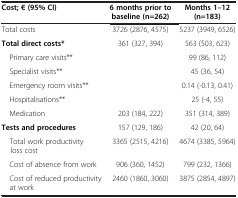
<table><thead><tr><td><b>Cost; € (95% CI)</b></td><td><b>6 months prior to baseline (n=262)</b></td><td><b>Months 1–12 (n=183)</b></td></tr></thead><tbody><tr><td>Total costs</td><td>3726 (2876, 4575)</td><td>5237 (3949, 6526)</td></tr><tr><td><b>Total direct costs*</b></td><td>361 (327, 394)</td><td>563 (503, 623)</td></tr><tr><td> Primary care visits**</td><td> </td><td>99 (86, 112)</td></tr><tr><td> Specialist visits**</td><td> </td><td>45 (36, 54)</td></tr><tr><td> Emergency room visits**</td><td> </td><td>0.14 (-0.13, 0.41)</td></tr><tr><td> Hospitalisations**</td><td> </td><td>25 (-4, 55)</td></tr><tr><td> Medication</td><td>203 (184, 222)</td><td>351 (314, 389)</td></tr><tr><td><b>Tests and procedures</b></td><td>157 (129, 186)</td><td>42 (20, 64)</td></tr><tr><td> Total work productivity loss cost</td><td>3365 (2515, 4216)</td><td>4674 (3385, 5964)</td></tr><tr><td> Cost of absence from work</td><td>906 (360, 1452)</td><td>799 (232, 1366)</td></tr><tr><td> Cost of reduced productivity at work</td><td>2460 (1860, 3060)</td><td>3875 (2854, 4897)</td></tr></tbody></table>